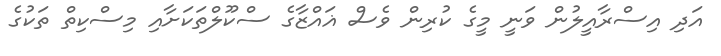
އަދި އިސްރާއީލުން ވަނީ މީގެ ކުރިން ވެސް ޣައްޒާގެ ސްކޫލްތަކަށާއި މިސްކިތް ތަކުގެ